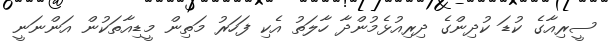
ސީރިއާގެ ކުޑަ ކުދިންގެ ދިރިއުޅެމުންދާ ހާލަތު އެކި ފަހަރު މަތިން މީޑިއާތަކުން އަންނަނީ